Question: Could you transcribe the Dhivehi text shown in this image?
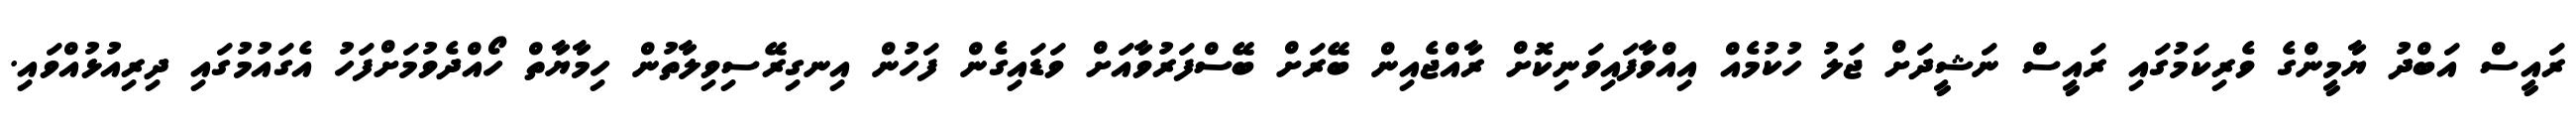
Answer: ރައީސް އަބްދު ޔާމީންގެ ވެރިކަމުގައި ރައީސް ނަޝީދަށް ޖަލު ހުކުމެއް އިއްވާފައިވަނިކޮށް ރާއްޖެއިން ބޭރަށް ބޭސްފަރުވާއަށް ވަޑައިގެން ފަހުން އިނގިރޭސިވިލާތުން ހިމާޔާތް ހޯއްދެވުމަށްފަހު އެގައުމުގައި ދިރިއުޅުއްވައި.